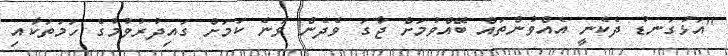
"އަޅުގަނޑު ދެކެނީ އެއްވުންތައް ބޭއްވުމަށް ޖާގަ ވެދެން ވާނެ ކަމަށް ގައިދުރުވުމުގެ ހަމަތަކާއި